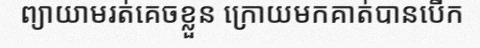
ព្យាយាមរត់គេចខ្លួន ក្រោយមកគាត់បានបើក